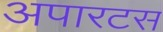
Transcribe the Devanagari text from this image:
अपारटस